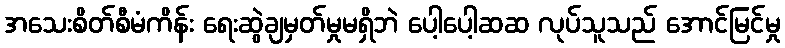
အသေးစိတ်စီမံကိန်း ရေးဆွဲချမှတ်မှုမရှိဘဲ ပေါ့ပေါ့ဆဆ လုပ်သူသည် အောင်မြင်မှု